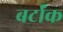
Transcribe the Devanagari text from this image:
बर्टॉक